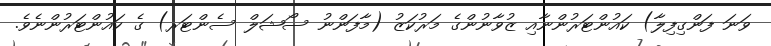
ވަނަ ފަންގިފިލާ) ކައުންޓަރުންނާއި ޒުވާނުންގެ މަރުކަޒު (މާފަންނު ސޯޝަލް ސެންޓަރ) ގެ ކައުންޓަރުންނެވެ.